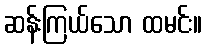
ဆန်းကြယ်သော ထမင်း။